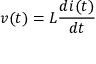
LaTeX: v ( t ) = L { \frac { d i ( t ) } { d t } }